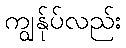
ကျွန်ုပ်လည်း